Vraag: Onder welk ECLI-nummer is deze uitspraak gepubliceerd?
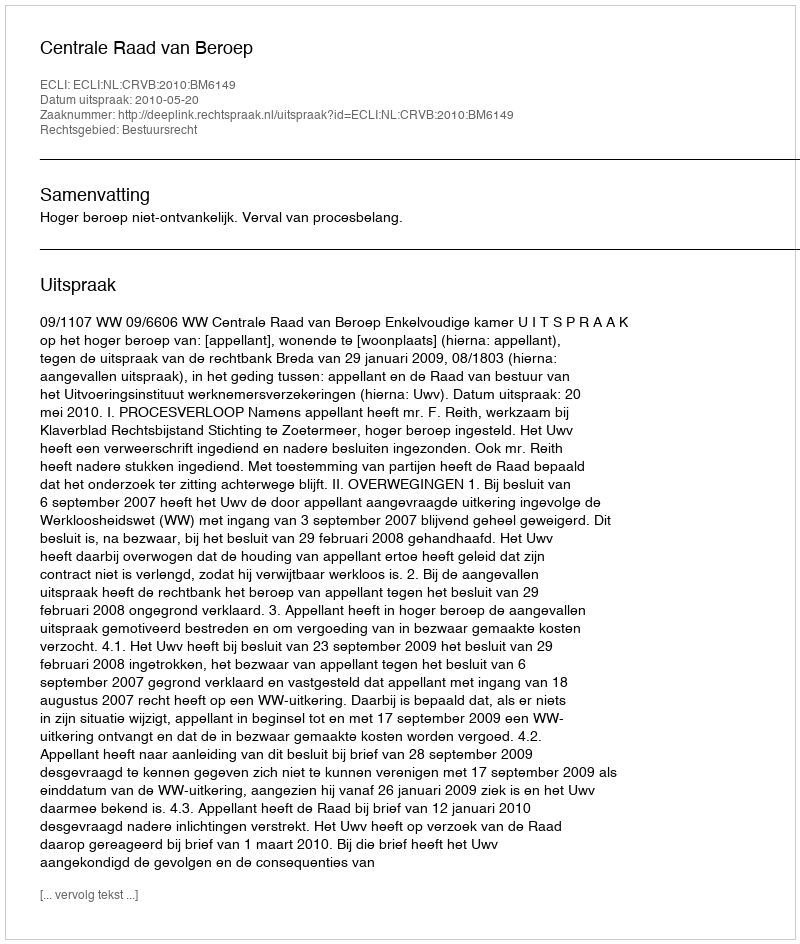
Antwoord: ECLI:NL:CRVB:2010:BM6149